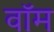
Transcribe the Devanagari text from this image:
वॉम